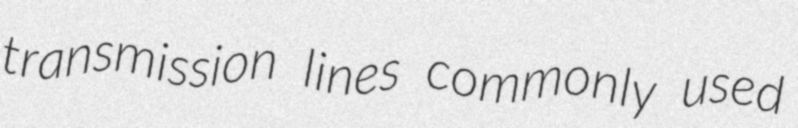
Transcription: transmission lines commonly used